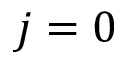
j = 0